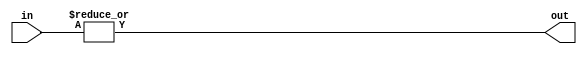
module f9_TECH_OR18(input [17:0] in, output out);
assign out = |in;
endmodule